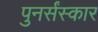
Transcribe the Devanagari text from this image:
पुनर्संस्कार